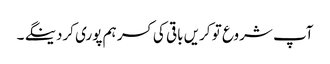
آپ شروع تو کریں باقی کی کسر ہم پوری کردینگے ۔